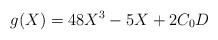
\begin{align*}g(X) = 48 X^3 - 5X +2C_{0}D\end{align*}